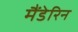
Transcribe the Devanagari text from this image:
मैंडेरिन